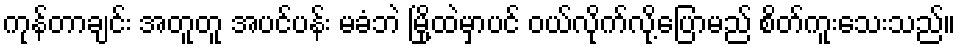
ကုန်တာချင်း အတူတူ အပင်ပန်း မခံဘဲ မြို့ထဲမှာပင် ဝယ်လိုက်လို့ပြောမည် စိတ်ကူးသေးသည်။